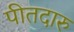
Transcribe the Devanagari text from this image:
पीतदारु